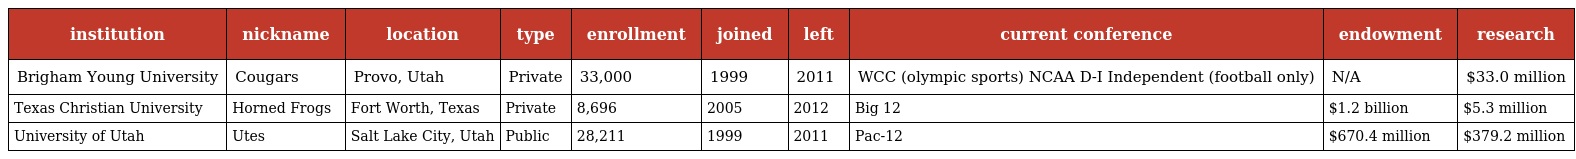
| institution | nickname | location | type | enrollment | joined | left | current conference | endowment | research |
 | --- | --- | --- | --- | --- | --- | --- | --- | --- | --- |
 | Brigham Young University | Cougars | Provo, Utah | Private | 33,000 | 1999 | 2011 | WCC (olympic sports) NCAA D-I Independent (football only) | N/A | $33.0 million |
 | Texas Christian University | Horned Frogs | Fort Worth, Texas | Private | 8,696 | 2005 | 2012 | Big 12 | $1.2 billion | $5.3 million |
 | University of Utah | Utes | Salt Lake City, Utah | Public | 28,211 | 1999 | 2011 | Pac-12 | $670.4 million | $379.2 million |